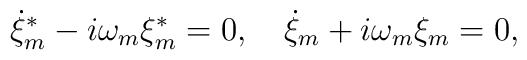
\dot\xi^{\ast}_m-i\omega_m\xi^{\ast}_m=0,\quad \dot\xi_m+i\omega_m\xi_m=0,